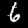
Digit: 6